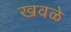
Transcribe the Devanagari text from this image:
खवळे